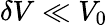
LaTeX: \delta V\ll V_{0}